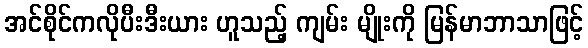
အင်စိုင်ကလိုပီးဒီးယား ဟူသည့် ကျမ်း မျိုးကို မြန်မာဘာသာဖြင့်